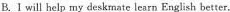
B.I will help my deskmate learn English better.